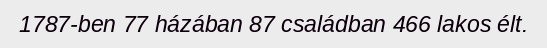
1787-ben 77 házában 87 családban 466 lakos élt.